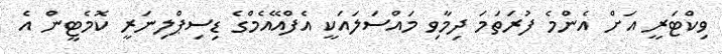
ވިކްޓަރީ އަށް އެންމެ ފުރަތަމަ ދިމާވި މައްސަލައަކީ އެފްއޭއެމްގެ ޑިސިޕްލިނަރީ ކޮމެޓީން އެ